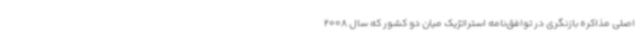
اصلی مذاکره بازنگری در توافق‌نامه استراتژیک میان دو کشور که سال 2008